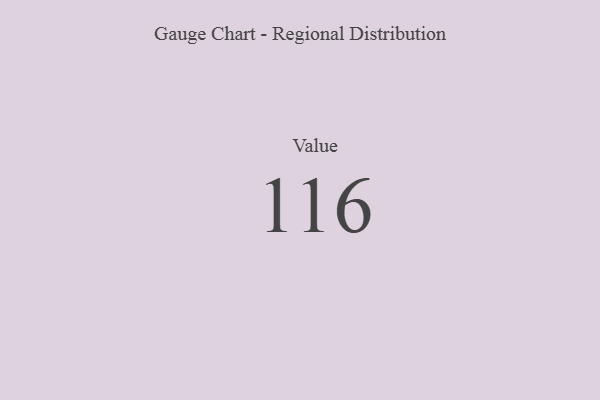
{"axis": {"x": "Metric", "y": "Value"}, "legend": [""], "data": [{"x": "Value", "y": 116, "type": ""}]}